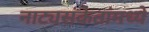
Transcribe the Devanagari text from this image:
नाट्यसंकेतांमध्ये